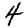
Digit: 4